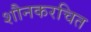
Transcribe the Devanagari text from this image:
शौनकरचित